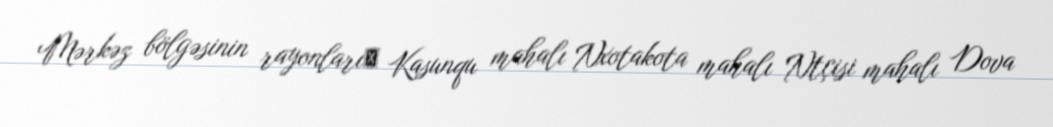
Mərkəz bölgəsinin rayonlarıː Kasunqu mahalı Nxotakota mahalı Ntçisi mahalı Dova